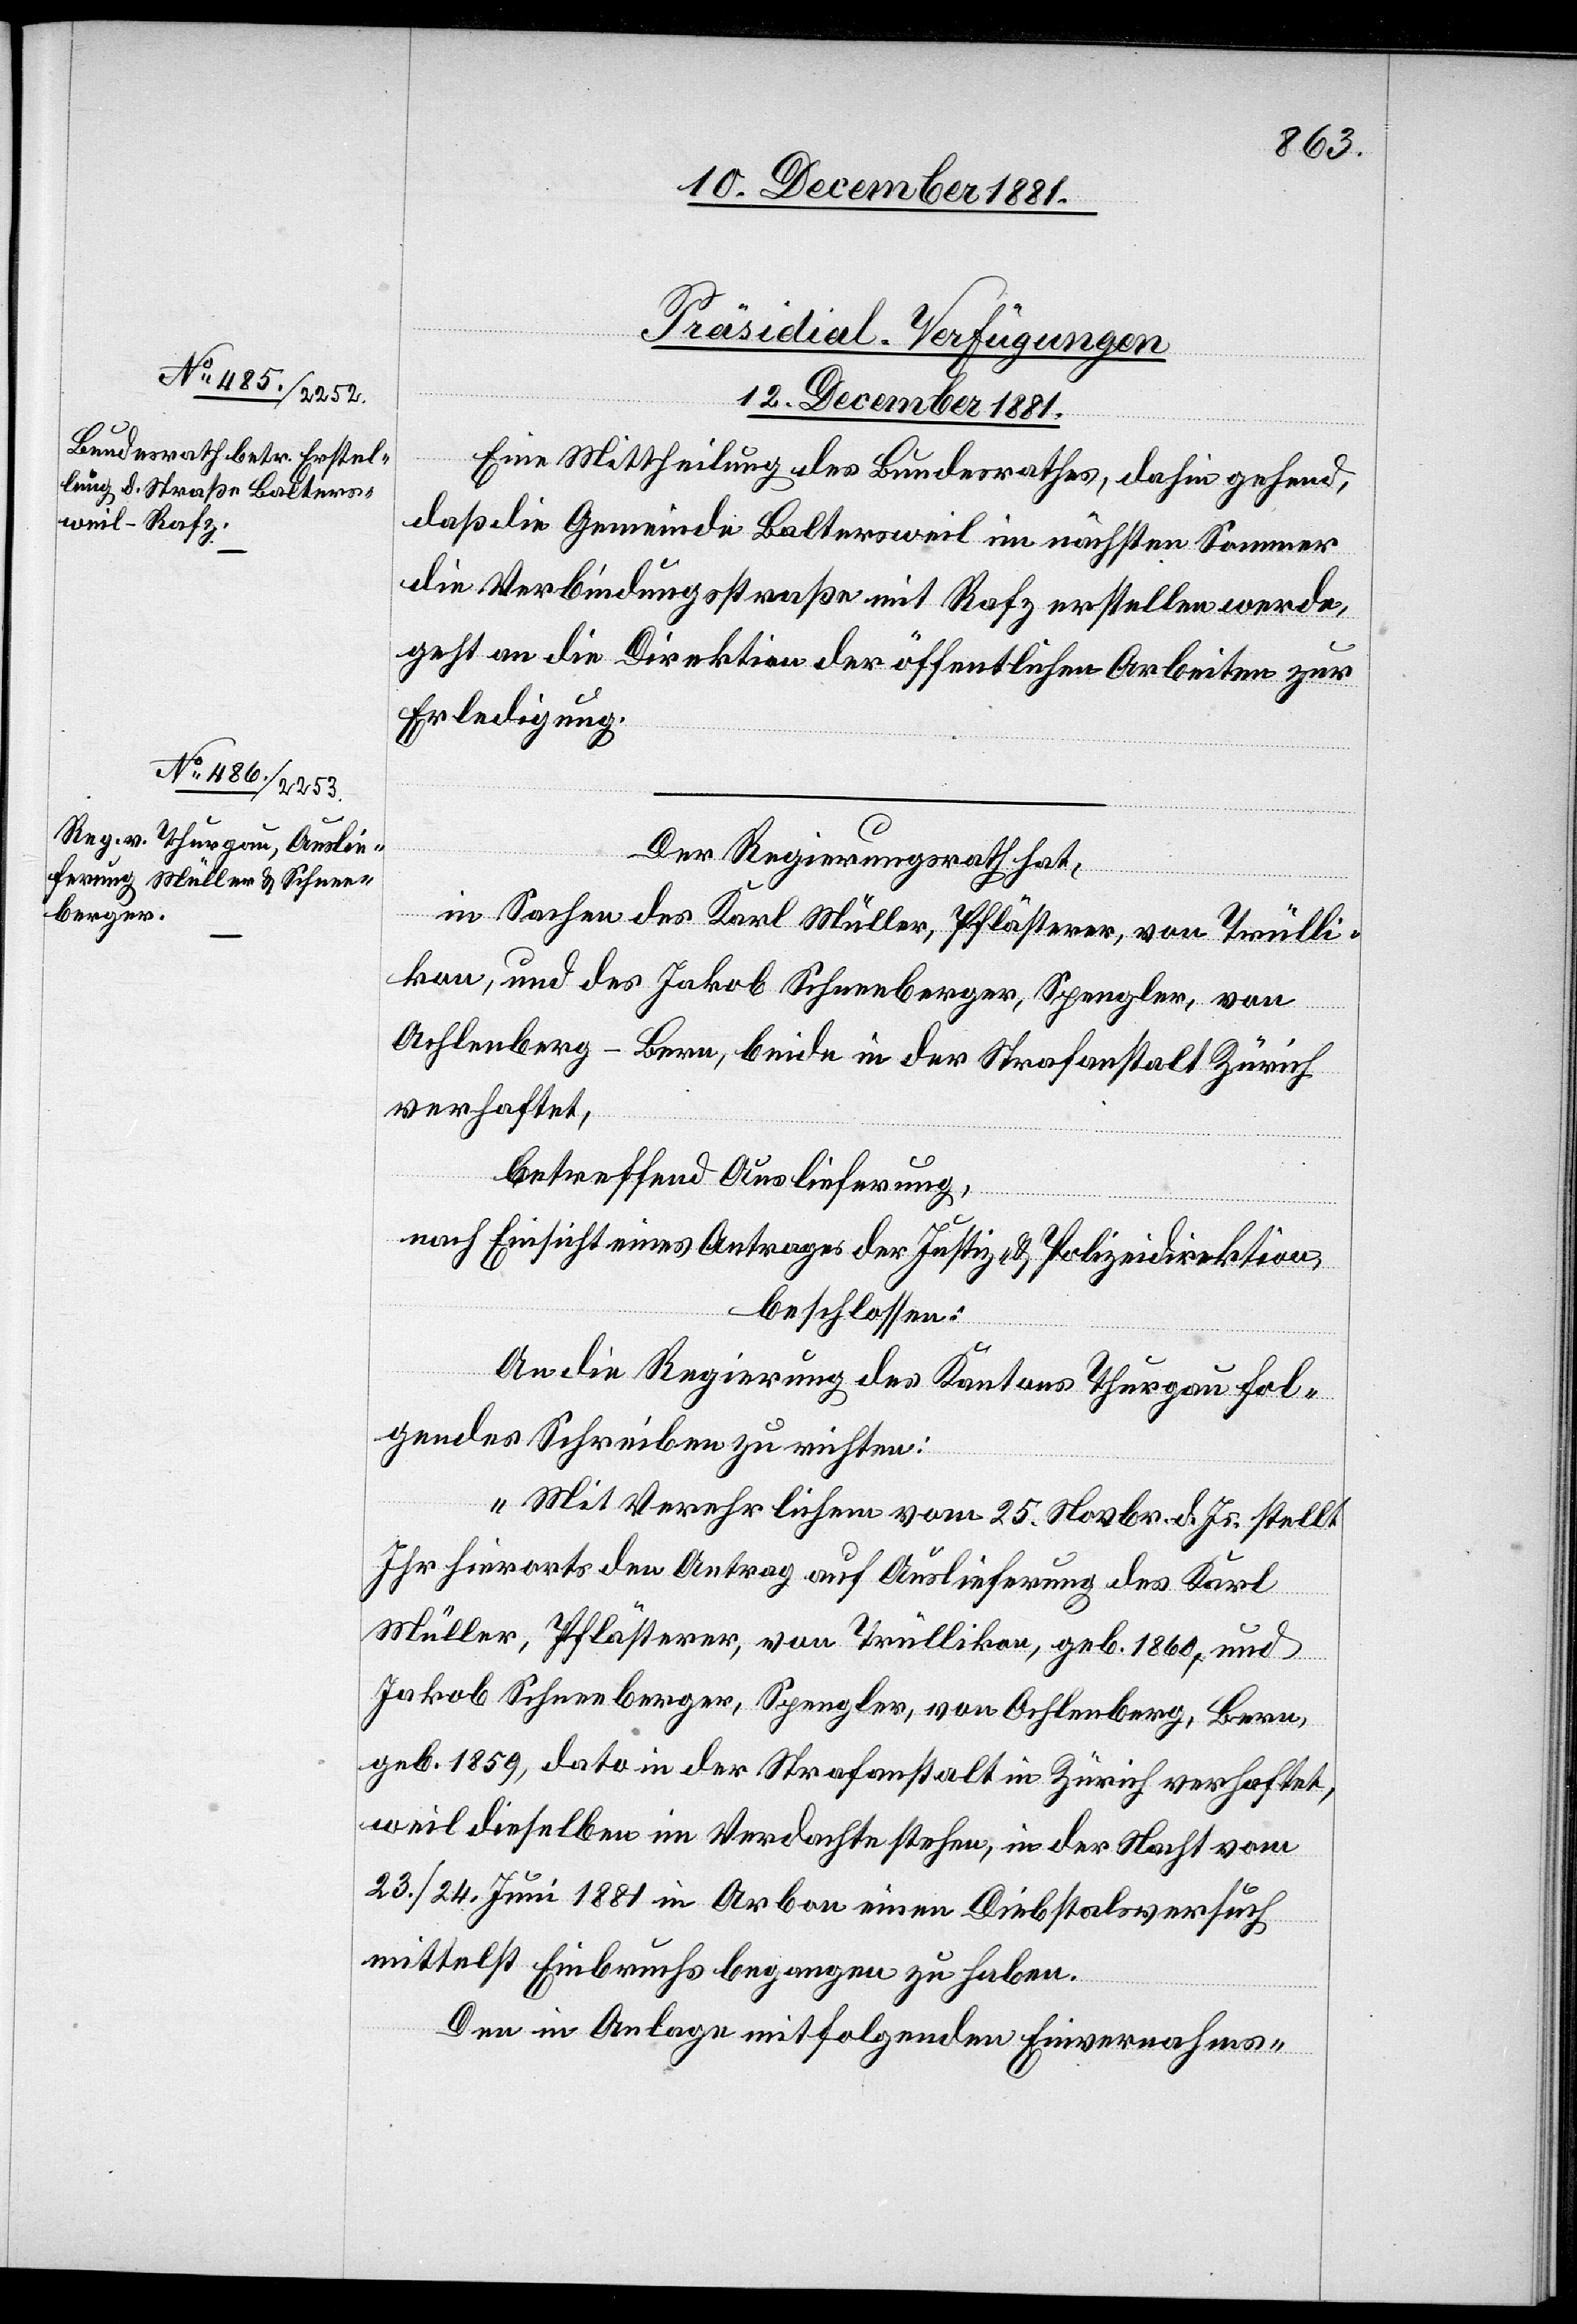
[Präsidial-Verfügungen
12. December 1881.]
Eine Mittheilung des Bundesrathes, dahin gehend,
daß die Gemeinde Baltersweil im nächsten Sommer
die Verbindungsstraße mit Rafz erstellen werde,
geht an die Direktion der öffentlichen Arbeiten zur
Erledigung.
Der Regierungsrath hat,
in Sachen des Karl Müller, Pflästerer, von Trülli¬
kon, und des Jakob Schneeberger, Spengler, von
Ochlenberg - Bern, beide in der Strafanstalt Zürich
verhaftet,
betreffend Auslieferung,
nach Einsicht eines Antrages der Justiz- & Polizeidirektion,
beschlossen:
An die Regierung des Kantons Thurgau fol¬
gendes Schreiben zu richten:
„Mit Verehrlichem vom 25. Novbr. d. Js. stellt
Ihr hierorts den Antrag auf Auslieferung des Karl
Müller, Pflästerer, von Trüllikon, geb. 1860, und
Jakob Schneeberger, Spengler, von Ochlenberg, Bern,
geb. 1859, dato in der Strafanstalt in Zürich verhaftet,
weil dieselben im Verdachte stehen, in der Nacht vom
23./24. Juni 1881 in Arbon einen Diebstalsversuch
mittelst Einbruchs begangen zu haben.
Den in Anlage mit folgenden Einvernahms-